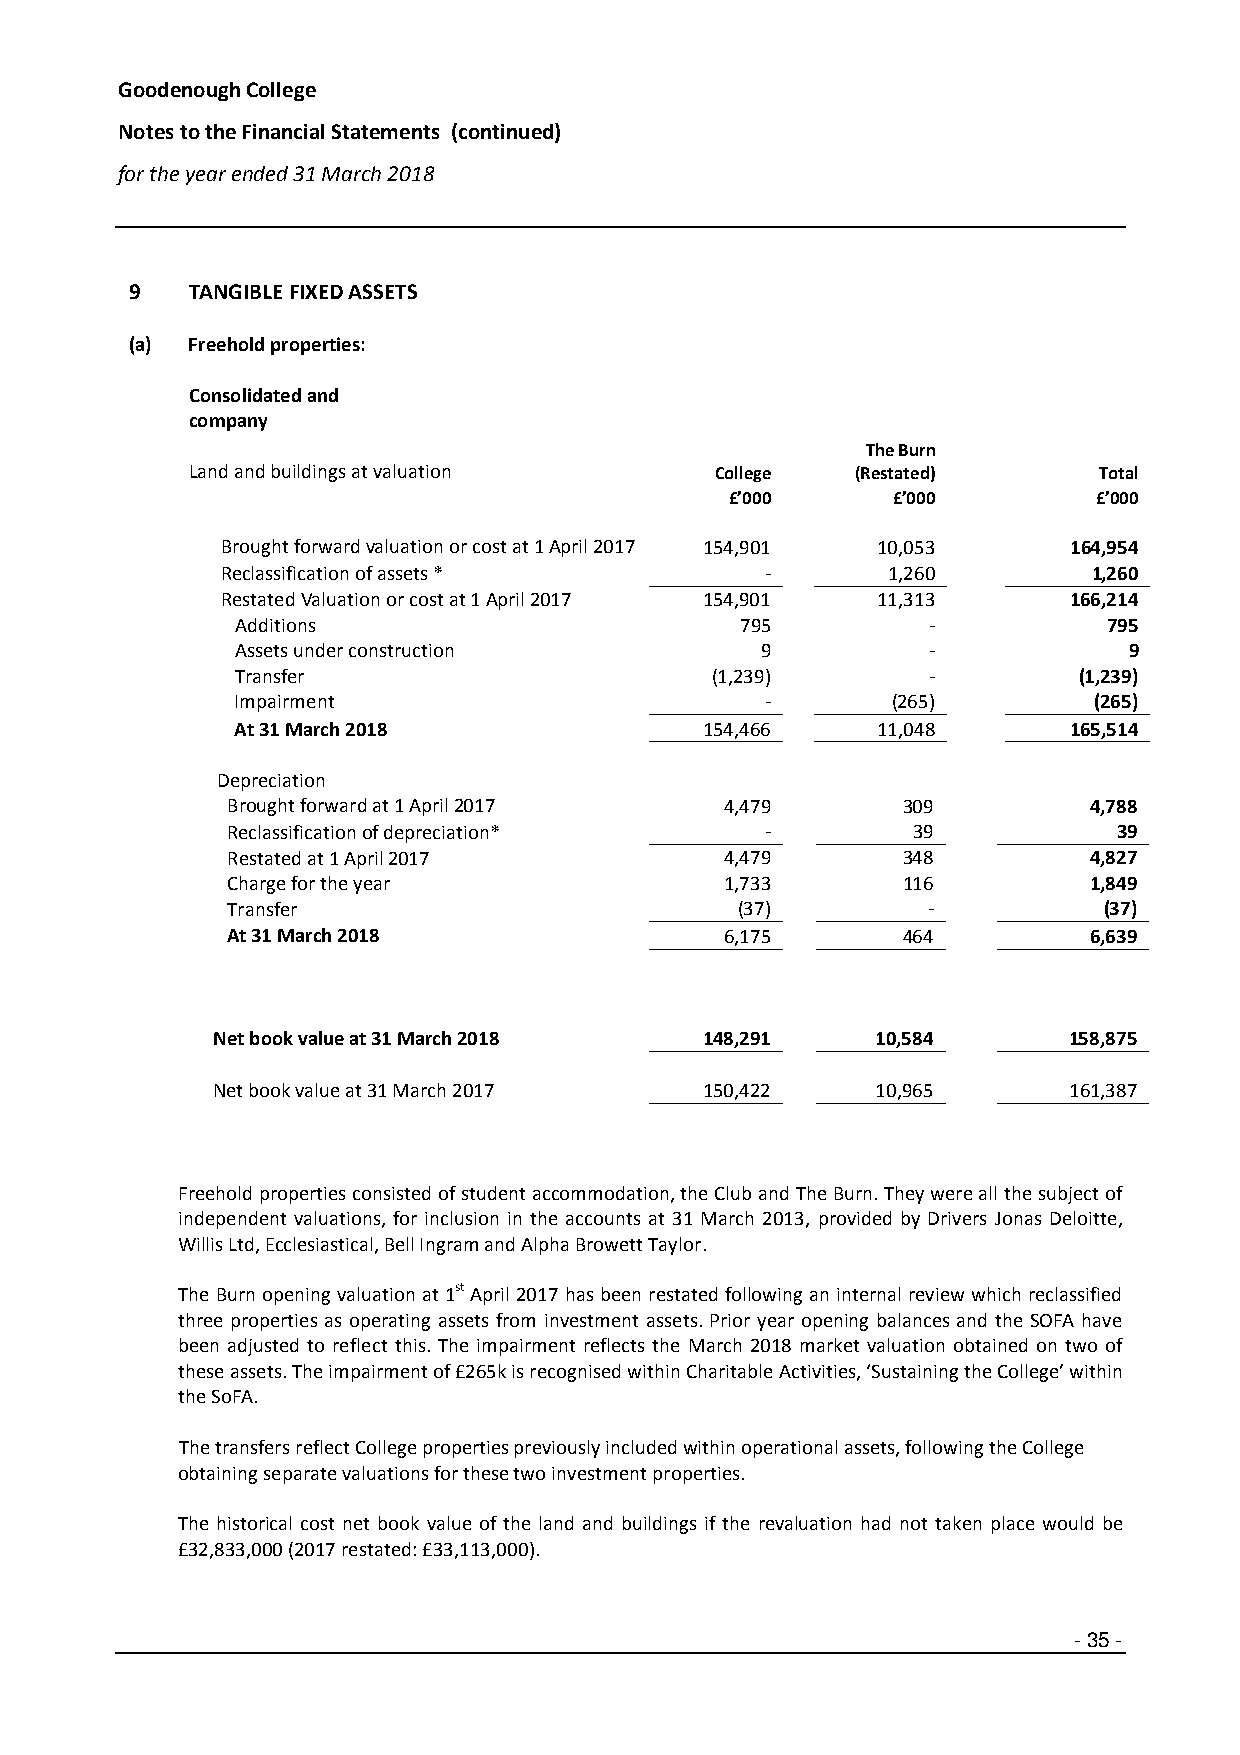
Goodenough College
 Notes to the Financial Statements (continued)
 for the year ended 31 March 2018
 9  TANGIBLE FIXED ASSETS
 (a) Freehold properties:
 Consolidated and
 company
 The Burn
 Land and buildings at valuation    College   (Restated)      Total
 £’000      £’000         £’000
 Brought forward valuation or cost at 1 April 2017 154,901 10,053 164,954
 Reclassification of assets *        -       1,260        1,260
 Restated Valuation or cost at 1 April 2017 154,901 11,313 166,214
 Additions                        795          -          795
 Assets under construction         9           -            9
 Transfer                       (1,239)        -        (1,239)
 Impairment                         -       (265)        (265)
 At 31 March 2018               154,466    11,048       165,514
 Depreciation
 Brought forward at 1 April 2017  4,479       309         4,788
 Reclassification of depreciation*   -        39            39
 Restated at 1 April 2017         4,479       348         4,827
 Charge for the year              1,733       116         1,849
 Transfer                          (37)        -           (37)
 At 31 March 2018                 6,175       464         6,639
 Net book value at 31 March 2018  148,291    10,584       158,875
 Net book value at 31 March 2017  150,422    10,965       161,387
 Freehold properties consisted of student accommodation, the Club and The Burn. They were all the subject of
 independent valuations, for inclusion in the accounts at 31 March 2013, provided by Drivers Jonas Deloitte,
 Willis Ltd, Ecclesiastical, Bell Ingram and Alpha Browett Taylor.
 The Burn opening valuation at 1st April 2017 has been restated following an internal review which reclassified
 three properties as operating assets from investment assets. Prior year opening balances and the SOFA have
 been adjusted to reflect this. The impairment reflects the March 2018 market valuation obtained on two of
 these assets. The impairment of £265k is recognised within Charitable Activities, ‘Sustaining the College’ within
 the SoFA.
 The transfers reflect College properties previously included within operational assets, following the College
 obtaining separate valuations for these two investment properties.
 The historical cost net book value of the land and buildings if the revaluation had not taken place would be
 £32,833,000 (2017 restated: £33,113,000).
 -35 -